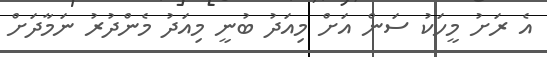
އެ ރަށު މީހަކު ސަން އަށް މިއަދު ބުނީ މިއަދު މެންދުރު ނަމާދަށް